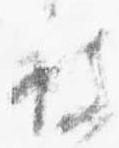
被